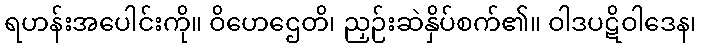
ရဟန်းအပေါင်းကို။ ဝိဟေဌေတိ၊ ညှဉ်းဆဲနှိပ်စက်၏။ ဝါဒပဋိဝါဒေန၊